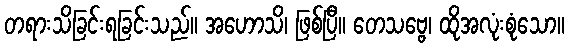
တရားသိခြင်းရခြင်းသည်။ အဟောသိ၊ ဖြစ်ပြီ။ တေသဗ္ဗေ၊ ထိုအလုံးစုံသော။